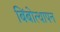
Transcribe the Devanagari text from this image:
बिंबोत्थापन